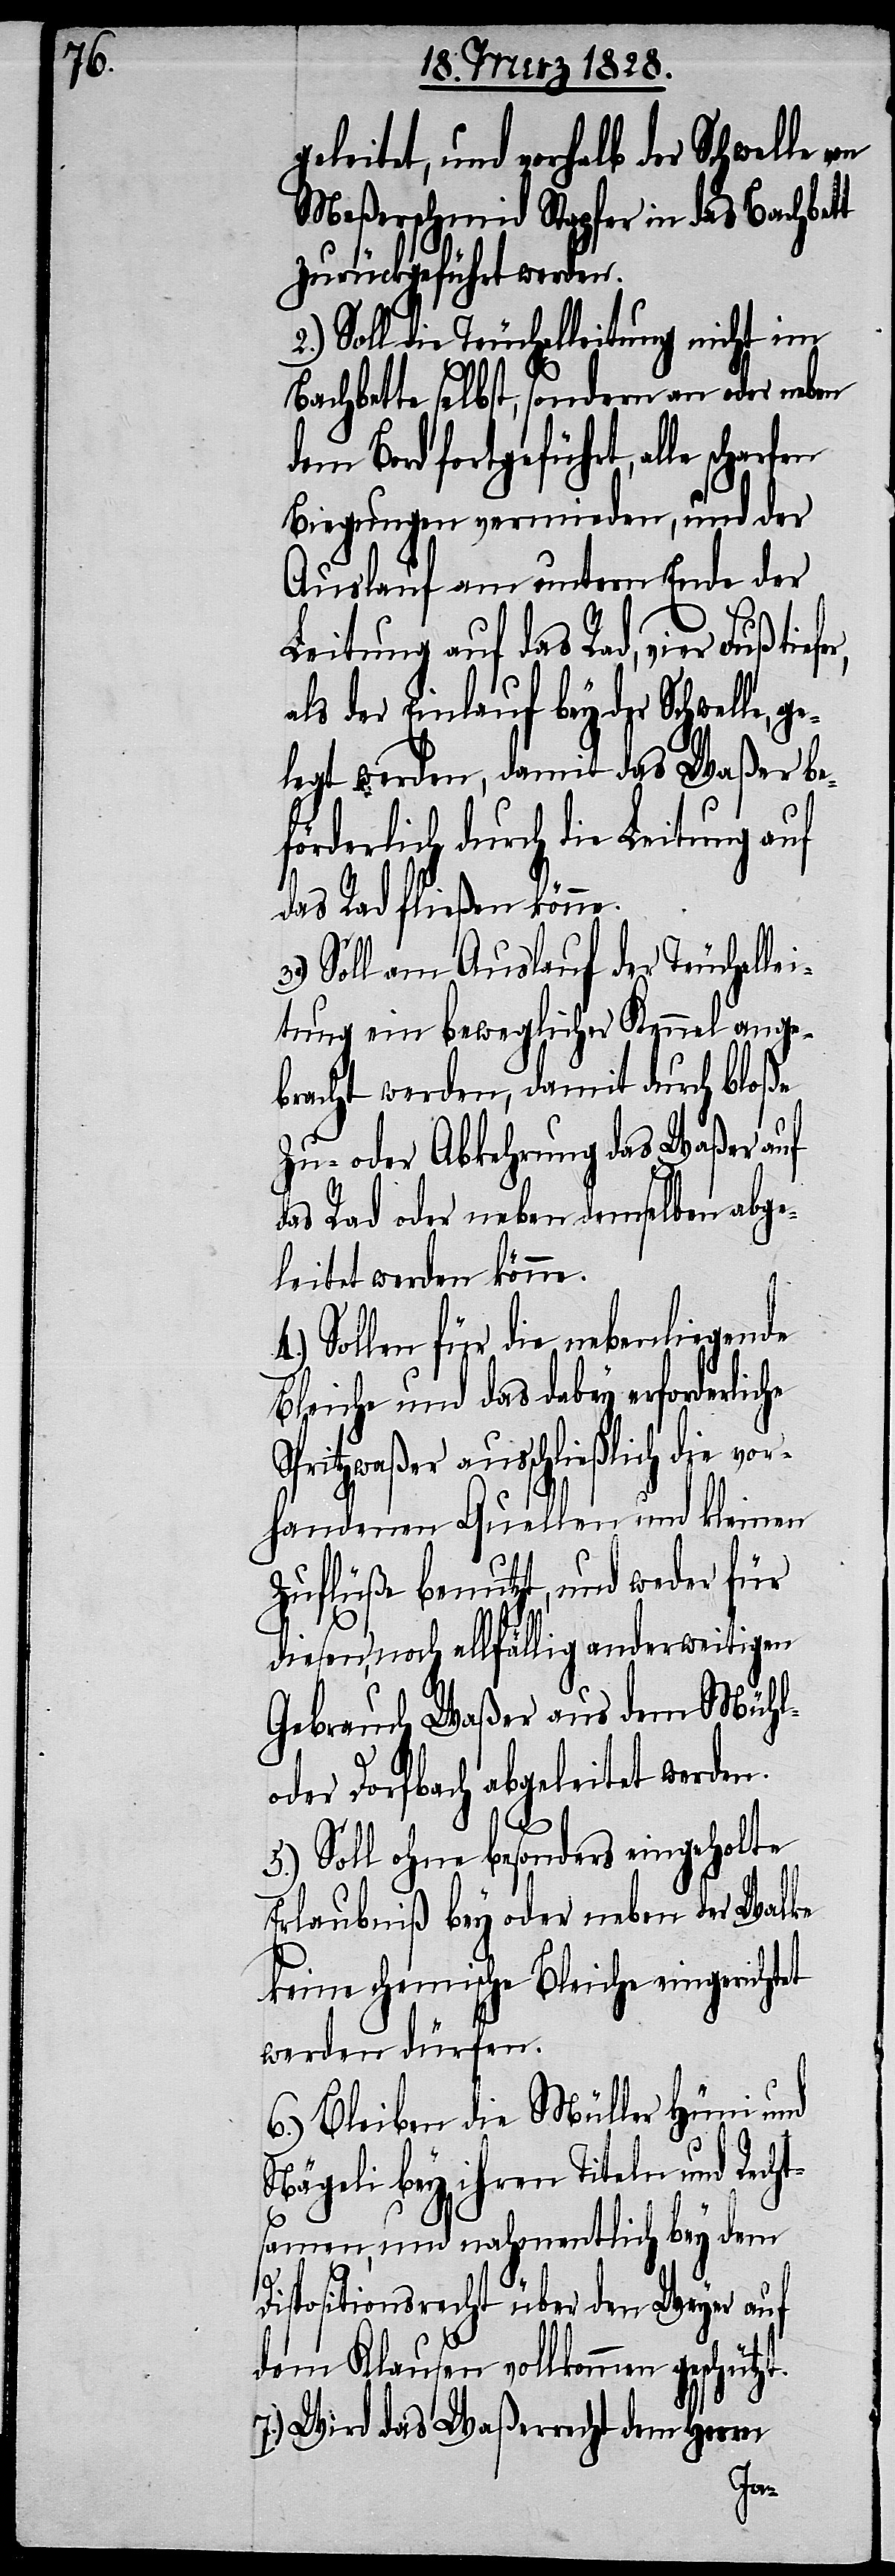
eitete, und vorhalb der Schwelle
Meßerschmid Stapfer in das Bachbett
zurückgeführt werden.
2.) Soll die Teuchelleitung nicht im
d¬
Bachbette selbst, sondern an oder neben
em Bord fortgeführt, alle
Biegungen vermieden, und der
Auslauf am untern Ende der
Leitung auf das Rad, vier Fuß tie¬
ls der Einlauf bey der Schwelle,
gelegt werden, damit das Waßer be¬
förderlich durch die Leitung
das Rad fließen könne.
3.) Soll am Auslauf der Teuchellei¬
tung ein beweglicher Kennel ange¬
bracht werden, damit durch bloße
Zu- oder Abkehrung das Waßer auf
das Rad oder neben demselben abge¬
leitet werden könne.
Sollen für die nebenliegende
Bleiche und das dabey erforderliche
Spritzwaßer ausschließlich die vor¬
handenen Quellen und kleinen
Zuflüße benutzt, und weder für
diesen, noch allfällig anderweitigen
Gebrauch Waßer aus dem Mühl-
oder Dorfbach abgeleitet werden.
5.) Soll ohne besonders eingeholte
Erlaubniß bey oder neben der Walke
keine chemische Bleiche angerichtet
werden dürfen.
6.) Bleiben die Müller Hüni und
Nägeli bey ihren Titeln und Recht¬
samen, und nahmentlich bey dem
Dispositionsrecht über den Weyer auf
dem Klausen vollkommen gesch¬
7.) Wird das Waßerrecht dem Herrn
ützt.